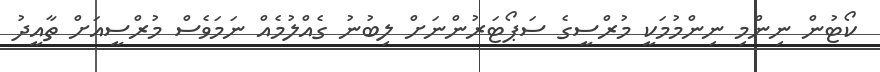
ކޯޓުން ނިންމި ނިންމުމަކީ މުރްސީގެ ސަޕޯޓަރުންނަށް ލިބުނު ގެއްލުމެއް ނަމަވެސް މުރްސީއަށް ތާއީދު